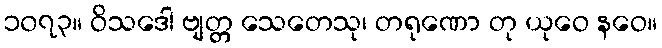
၁၀၇၃။ ဝိသဒေါ ဗျတ္တ သေတေသု၊ တရုဏော တု ယုဝေ နဝေ။